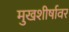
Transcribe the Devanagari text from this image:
मुखशीर्षावर